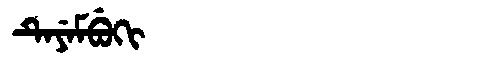
Manchu: ᡨᡝᠶᡝᠮᠪᡠᡴᡳ
Romanization: TEYEMBUKI